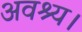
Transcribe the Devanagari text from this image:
अवश्य।